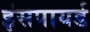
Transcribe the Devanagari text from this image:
इंसपायर्ड